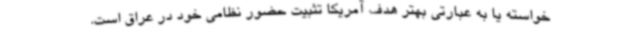
خواسته یا به عبارتی بهتر هدف آمریکا تثبیت حضور نظامی خود در عراق است.